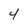
Character: 4